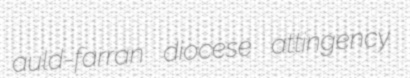
auld-farran diocese attingency